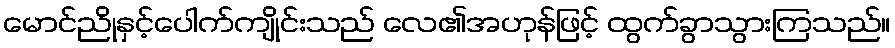
မောင်ညိုနှင့်ပေါက်ကျိုင်းသည် လေ၏အဟုန်ဖြင့် ထွက်ခွာသွားကြသည်။